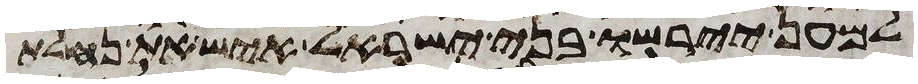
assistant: למען יירשו בני ישראל איש את נחלת